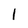
Character: I